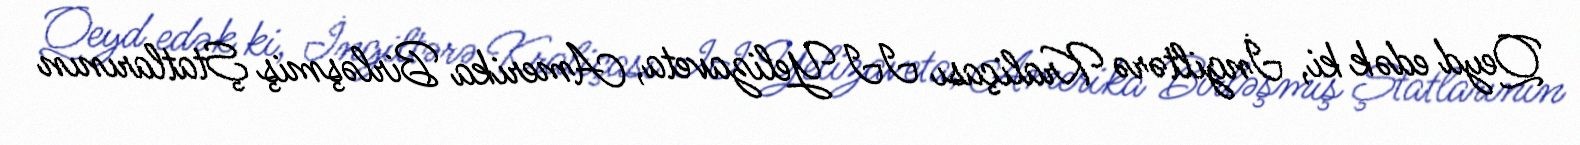
Qeyd edək ki, İngiltərə Kraliçası II Yelizaveta, Amerika Birləşmiş Ştatlarının